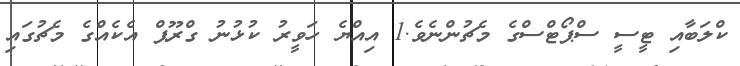
ކްލަބާއި ޓީސީ ސްޕޯޓްސްގެ މެޗުންނެވެ.1 އިއްޔެ ހަވީރު ކުޅުނު ގްރޫޕް އެކެއްގެ މެޗުގައި